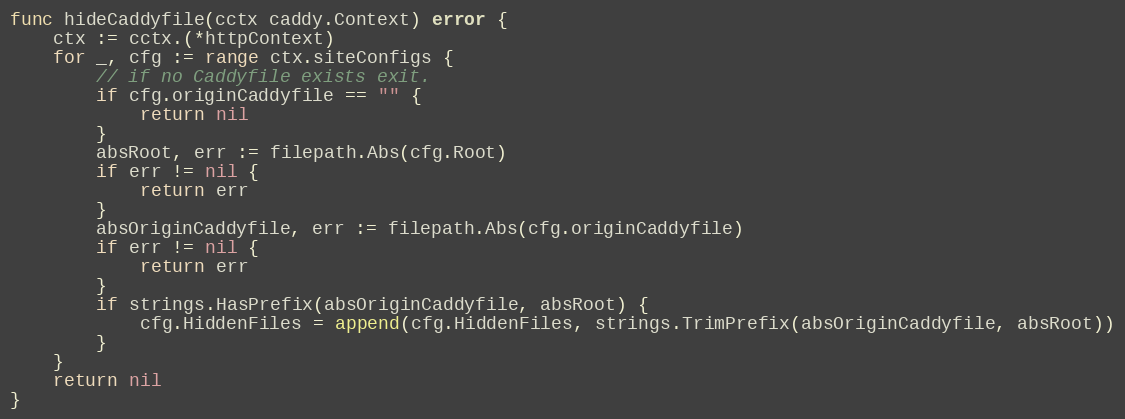
Language: Go
func hideCaddyfile(cctx caddy.Context) error {
	ctx := cctx.(*httpContext)
	for _, cfg := range ctx.siteConfigs {
		// if no Caddyfile exists exit.
		if cfg.originCaddyfile == "" {
			return nil
		}
		absRoot, err := filepath.Abs(cfg.Root)
		if err != nil {
			return err
		}
		absOriginCaddyfile, err := filepath.Abs(cfg.originCaddyfile)
		if err != nil {
			return err
		}
		if strings.HasPrefix(absOriginCaddyfile, absRoot) {
			cfg.HiddenFiles = append(cfg.HiddenFiles, strings.TrimPrefix(absOriginCaddyfile, absRoot))
		}
	}
	return nil
}